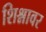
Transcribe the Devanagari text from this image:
शिश्नावर